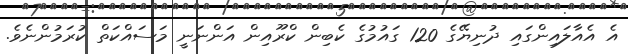
އެ އެއާލައިންގައި ދުނިޔޭގެ 120 ގައުމުގެ ކެބިން ކްރޫއިން އަންނަނީ މަސައްކަތް ކުރަމުންނެވެ.